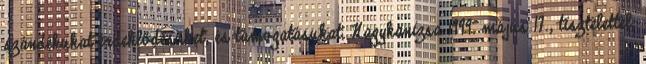
szándékukat érdeklődésüket, és támogatásukat. Nagykanizsa 1999. május 17., tisztelettel,